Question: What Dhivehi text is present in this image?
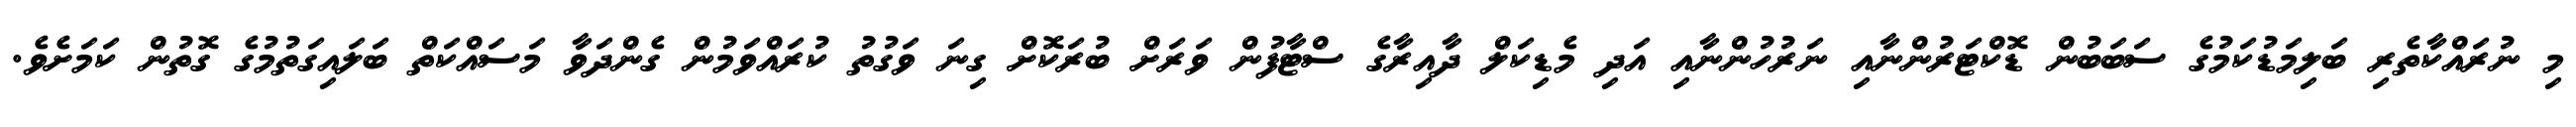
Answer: މި ނުރައްކާތެރި ބަލިމަޑުކަމުގެ ސަބަބުން ޑޮކްޓަރުންނާއި ނަރުހުންނާއި އަދި މެޑިކަލް ދާއިރާގެ ސްޓާފުން ވަރަށް ބުރަކޮށް ގިނަ ވަގުތު ކުރައްވަމުން ގެންދަވާ މަސައްކަތް ބަލައިގަތުމުގެ ގޮތުން ކަމަށެވެ.